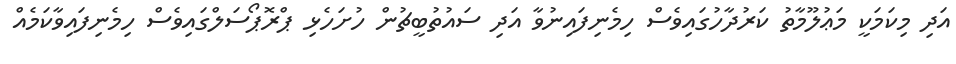
އަދި މިކަމަކީ މަޢުލޫމާތު ކަރުދާހުގައިވެސް ހިމެނިފައިނުވާ އަދި ސައުތުބީޗުން ހުށަހެޅި ޕްރޮޕޯސަލްގައިވެސް ހިމެނިފައިވާކަމެއް